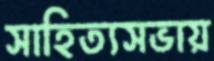
সাহিত্যসভায়